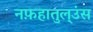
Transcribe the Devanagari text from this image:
नफ़हातुल्उंस